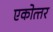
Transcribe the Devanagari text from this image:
एकोत्‍तर